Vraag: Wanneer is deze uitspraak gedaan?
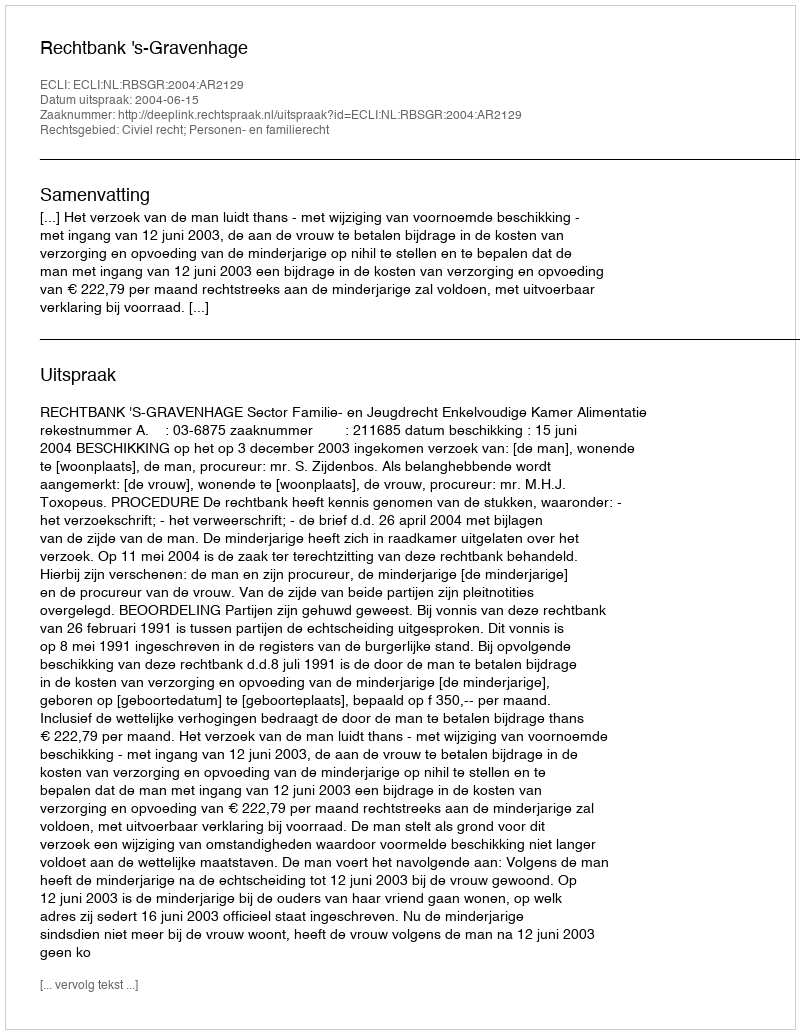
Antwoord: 2004-06-15